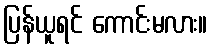
ပြန်ယူရင် ကောင်းမလား။